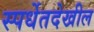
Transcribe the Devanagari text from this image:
स्पर्धेतदेखील